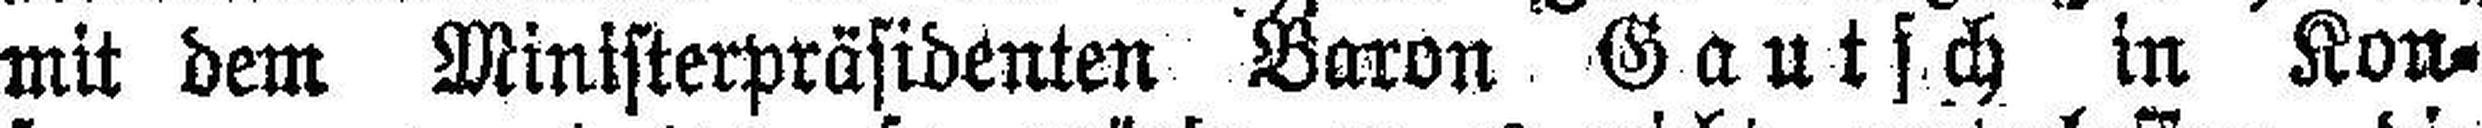
mit dem Ministerpräsidenten Baron Gautsch in Kon¬